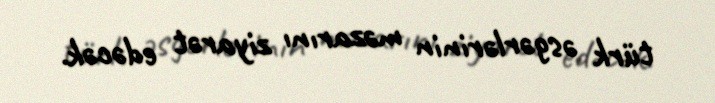
türk əsgərlərinin məzarını ziyarət edəcək.